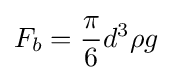
F_{b}={\frac {\pi }{6}}d^{3}\rho g